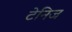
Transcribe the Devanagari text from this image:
टेनिज